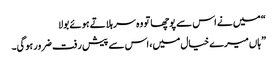
“ میں نے اس سے پوچھا تو وہ سر ہلاتے ہوئے بولا
” ہاں میرے خیال میں، اس سے پیش رفت ضرور ہوگی۔